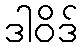
ဒါဝိဒ်